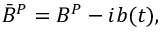
\bar { B } ^ { P } = B ^ { P } - i b ( t ) ,